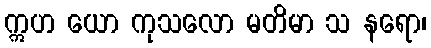
ဣဟ ယော ကုသလော မတိမာ သ နရော၊